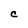
Character: C